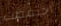
احتفظت